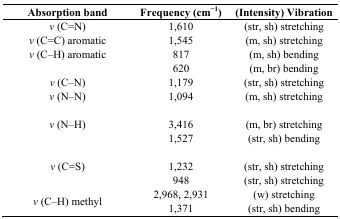
| Absorption band | Frequency (cm−1) | (Intensity) Vibration |
 | --- | --- | --- |
 | v (C=N) | 1,610 | (str, sh) stretching |
 | v (C=C) aromatic | 1,545 | (m, sh) stretching |
 | <ROWSPAN=2> v (C–H) aromatic | 817 | (m, sh) bending |
 | 620 | (m, br) bending |
 | v (C–N) | 1,179 | (str, sh) stretching |
 | v (N–N) | 1,094 | (m, sh) stretching |
 | <ROWSPAN=2> v (N–H) | 3,416 | (m, br) stretching |
 | 1,527 | (str, sh) bending |
 | <ROWSPAN=2> v (C=S) | 1,232 | (str, sh) stretching |
 | 948 | (str, sh) stretching |
 | <ROWSPAN=2> v (C–H) methyl | 2,968, 2,931 | (w) stretching |
 | 1,371 | (str, sh) bending |